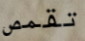
تقمص